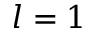
l = 1